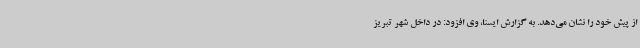
از پیش خود را نشان می‌دهد. به گزارش ایسنا، وی افزود: در داخل شهر تبریز